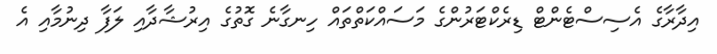
އިދާރާގެ އެސިސްޓެންޓް ޑިރެކްޓަރުންގެ މަސައްކަތްތައް ހިނގާނެ ގޮތުގެ އިރުޝާދާއި ލަފާ ދިނުމާއި އެ